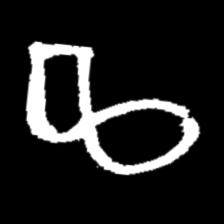
Pyu character \u2014 Myanmar letter: ဆ (romanized: cha)